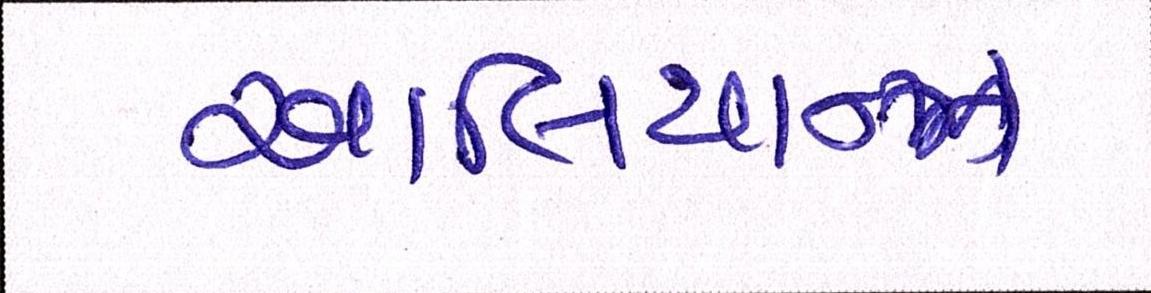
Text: આલિયાન્ઝ